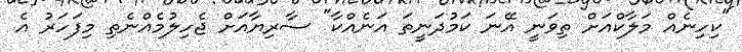
"ކިހިނެއް މަލާކްއަށް ތިވަނީ އޭނަ ކަމުދަނީތަ އަނެއްކާ" ސާރިޔާއަށް ޖެހިލުމެއްނެތި މިފަހަރު އެ